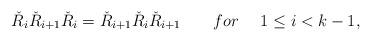
LaTeX: \begin{align*}\check{R}_i\check{R}_{i+1}\check{R}_i=\check{R}_{i+1}\check{R}_i\check{R}_{i+1}~~~~~~ for ~~~~1\leq i<k-1,\end{align*}